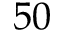
5 0